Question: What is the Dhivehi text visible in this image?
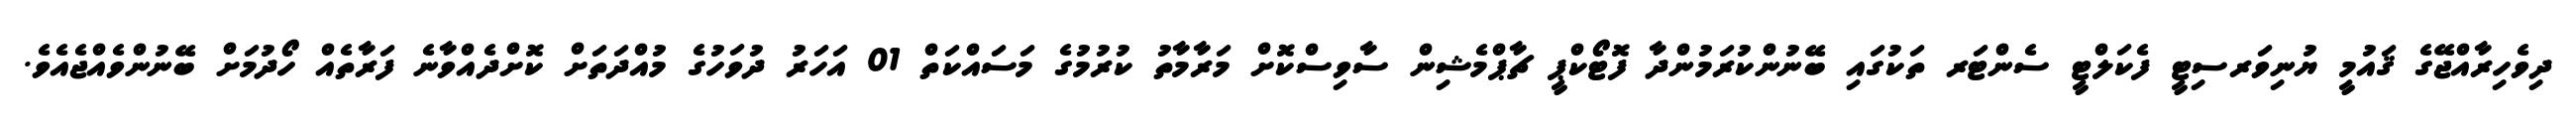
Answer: ދިވެހިރާއްޖޭގެ ޤައުމީ ޔުނިވަރސިޓީ ފެކަލްޓީ ސެންޓަރ ތަކުގައި ބޭނުންކުރަމުންދާ ފޮޓޯކްޕީ ޗާޕްމެޝިން ސާވިސްކޮށް މަރާމާތު ކުރުމުގެ މަސައްކަތް 01 އަހަރު ދުވަހުގެ މުއްދަތަށް ކޮށްދެއްވާނެ ފަރާތެއް ހޯދުމަށް ބޭނުންވެއްޖެއެވެ.